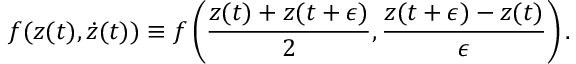
f ( z ( t ) , \dot { z } ( t ) ) \equiv f \left( { \frac { z ( t ) + z ( t + \epsilon ) } { 2 } } , { \frac { z ( t + \epsilon ) - z ( t ) } { \epsilon } } \right) .